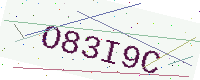
Text: O83I9C